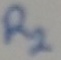
Text: R2